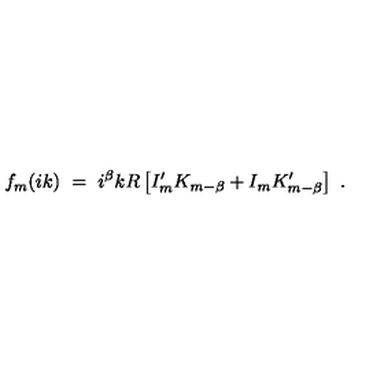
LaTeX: f _ { m } ( i k ) \ = \ i ^ { \beta } k R \left[ I _ { m } ^ { \prime } K _ { m - \beta } + I _ { m } K _ { m - \beta } ^ { \prime } \right] \ .